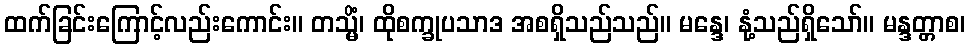
ထက်ခြင်းကြောင့်လည်းကောင်း။ တသ္မိံ၊ ထိုစက္ခုပသာဒ အစရှိသည်သည်။ မန္ဒေ၊ နုံ့သည်ရှိသော်။ မန္ဒတ္တာစ၊